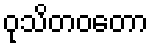
ဝုသိတဝတော